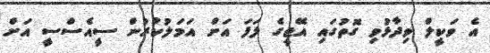
އެ ވަކީލް ވިދާޅުވި ގޮތުގައި އޭޖީގެ ލަފަ އަށް އަމަލުކުރުން ސީއެސްސީ އަށް